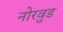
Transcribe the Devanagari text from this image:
नोरवुड